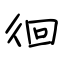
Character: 徊